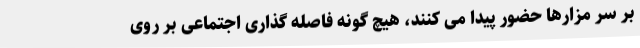
بر سر مزارها حضور پیدا می کنند، هیچ گونه فاصله گذاری اجتماعی بر روی